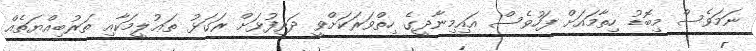
ނަމަވެސް މިބޮޑު ހިތާމައަށް ފަހުވެސް އައިމިނާދީގެ ހިތްވަރަކަށްވީ ދަރިފުޅަށް ރަގަޅު ތަޢުލީމަކާއި ތަރުބިއްޔަތެއް